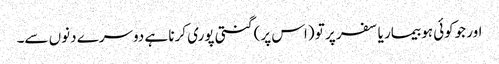
اور جوکوئی ہو بیمار یا سفر پر تو (اس پر) گنتی پوری کرنا ہے دوسرے دنوں سے۔